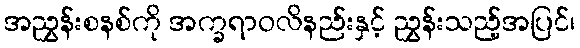
အညွှန်းစနစ်ကို အက္ခရာဝလိနည်းနှင့် ညွှန်းသည့်အပြင်၊